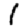
Digit: 1